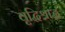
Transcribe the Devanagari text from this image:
वृद्धिश्राद्ध